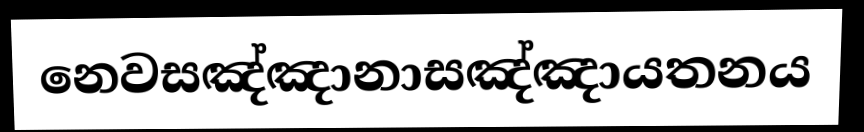
නෙවසඤ්ඤානාසඤ්ඤායතනය